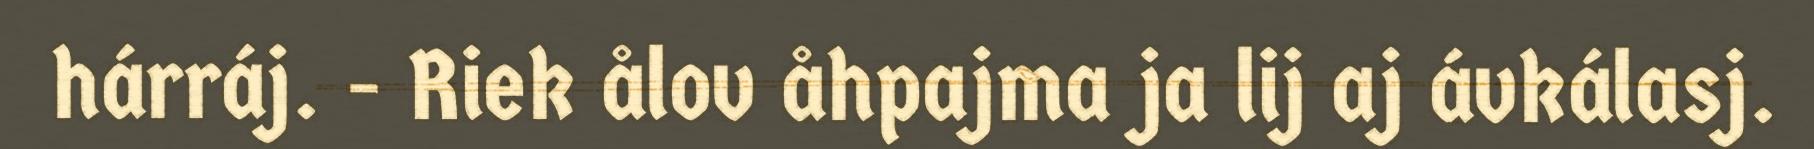
hárráj. - Riek ålov åhpajma ja lij aj ávkálasj.